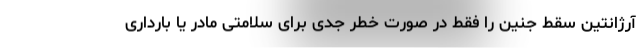
آرژانتین سقط جنین را فقط در صورت خطر جدی برای سلامتی مادر یا بارداری